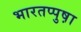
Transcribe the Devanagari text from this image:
भारतप्पुष़ा